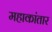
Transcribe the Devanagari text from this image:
महाकांतार